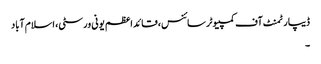
ڈیپارٹمنٹ آف کمپیوٹر سائنس، قائد اعظم یونی ورسٹی، اسلام آباد
۔